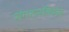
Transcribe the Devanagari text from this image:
संगठनविशेष